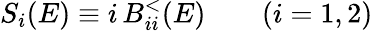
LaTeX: S_{i}(E)\equiv i\, B_{ii}^{<}(E)\qquad(i=1,2)